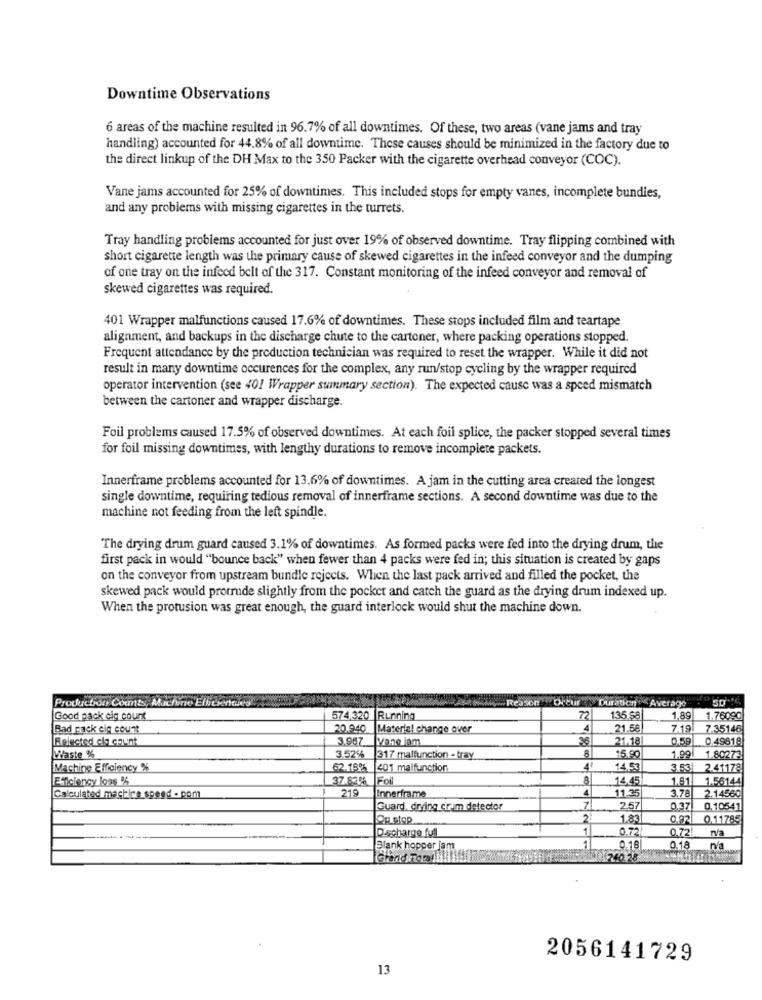
Downtime Observations
6 areas of the machine resulted in 96.7% of all downtimes. Of these, two areas (vane jams and tray
handling) accounted for 44.8% of all downtime. These causes should be minimized in the factory due to
the direct linkup of the DH Max to the 350 Packer with the cigarette overhead conveyor (COC).
Vane jams accounted for 25% of downtimes. This included stops for empty vanes, incomplete bundles,
and any problems with missing cigarettes in the turrets.
Tray handling problems accounted for just over 19% of observed downtime. Tray flipping combined with
short cigarette length was the primary cause of skewed cigarettes in the infeed conveyor and the dumping
of one tray on the infecd belt of the 317. Constant monitoring of the infeed conveyor and removal of
skewed cigarettes was required.
401 Wrapper malfunctions caused 17.6% of downtimes. These stops included film and teartape
alignment, and backups in the discharge chute to the cartoner, where packing operations stopped.
Frequent attendance by the production technician was required to reset the wrapper. While it did not
result in many downtime occurences for the complex, any run/stop cycling by the wrapper required
operator intervention (see 401 Wrapper summary section). The expected cause was a speed mismatch
between the cartoner and wrapper discharge.
Foil problems caused 17.5% of observed downtimes. At each foil splice, the packer stopped several times
for foil missing downtimes, with lengthy durations to remove incomplete packets.
Innerframe problems accounted for 13.6% of downtimes. A jam in the cutting area created the longest
single downtime, requiring tedious removal of innerframe sections. A second downtime was due to the
machine not feeding from the left spindle.
The drying drum guard caused 3.1% of downtimes. As formed packs were fed into the drying drum, the
first pack in would "bounce back" when fewer than 4 packs were fed in; this situation is created by gaps
on the conveyor from upstream bundle rejects. When the last pack arrived and filled the pocket, the
skewed pack would protrude slightly from the pocket and catch the guard as the drying drum indexed up.
When the protusion was great enough, the guard interlock would shut the machine down.
Reason PO-eur
Duration Average
Production Counts, Machine Efficiencies
Good pack cig count
574 320 Running
72
135 $8
1,89
1.76090
Bad pack eig count
20.940 |Material change over
4
21.58
7.19
7.35146
Relected ela count
3.967
Wane iam
36
21.18
0.59
0.49818
8
Lifaste %
3.526 317 malfunction - tray
15.90
1.99
1.80273
Machine Efficiency %
62.18% |401 malfunction
4
14.53
3.53|
2.41178
Efficiency loss %
37.83%
8
14.45
1.81
1.56144
219
3.78
Calculated machine speed . ppm
Innerframe
4
11.35
2.14560
Guard, drying cir um detector
7
2.57
0.37
0.10541
2
1.83
0.82
0.11785
Discharge full
1
0.72
0.72
Blank hopper jam
0.18
0.18
rva
2056141729
13